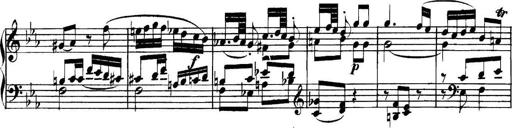
Title: Collected Piano Sonatas
Composer: Muzio Clementi